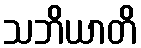
သဘိယာတိ